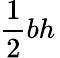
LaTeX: {\frac{1}{2}}bh\,